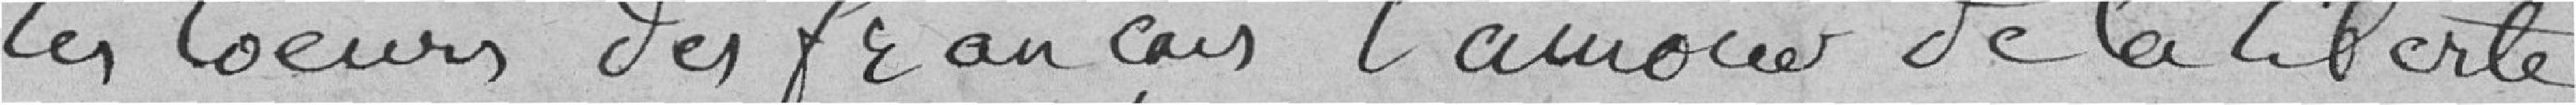
les coeurs des français l'amour de la liberté